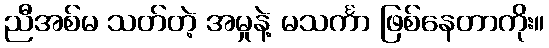
ညီအစ်မ သတ်တဲ့ အမှုနဲ့ မသင်္ကာ ဖြစ်နေတာကိုး။